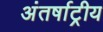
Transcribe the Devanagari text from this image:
अंतर्षाट्रीय